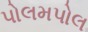
પોલમપોલ